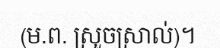
(ម.ព. ស្រួចស្រាល់)។